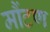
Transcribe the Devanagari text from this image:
मौंटण